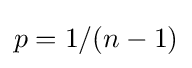
p=1/(n-1)